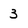
Character: 3